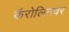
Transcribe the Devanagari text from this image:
कॅरोलिनवर